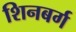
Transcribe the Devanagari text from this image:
शिनबर्ग